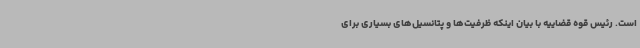
است. رئیس قوه قضاییه با بیان اینکه ظرفیت‌ها و پتانسیل‌های بسیاری برای